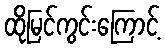
ထိုမြင်ကွင်းကြောင့်